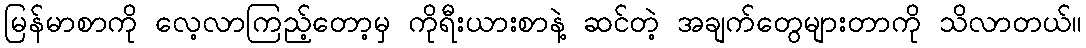
မြန်မာစာကို လေ့လာကြည့်တော့မှ ကိုရီးယားစာနဲ့ ဆင်တဲ့ အချက်တွေများတာကို သိလာတယ်။